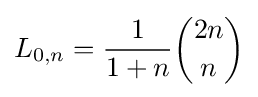
L_{0,n}={\frac {1}{1+n}}{\binom {2n}{n}}